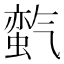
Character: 𱥬